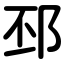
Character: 邳